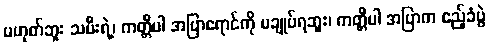
မဟုတ်ဘူး သမီးရဲ့၊ ကတ္တီပါ အပြာရောင်ကို မချုပ်ရဘူး၊ ကတ္တီပါ အပြာက ဧည့်ခံပွဲ